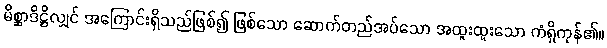
မိစ္ဆာဒိဋ္ဌိလျှင် အကြောင်းရှိသည်ဖြစ်၍ ဖြစ်သော ဆောက်တည်အပ်သော အထူးထူးသော ကံရှိကုန်၏။